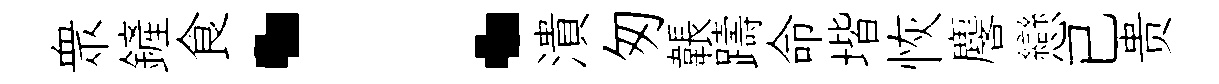
衆鏟食：潰匆韔躊命堦恢麐戀已贵